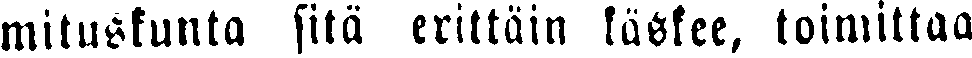
mituskunta sitä erittäin käskee, toimittaa